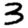
Digit: 3